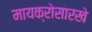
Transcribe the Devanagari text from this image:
मायक्रोसारखे